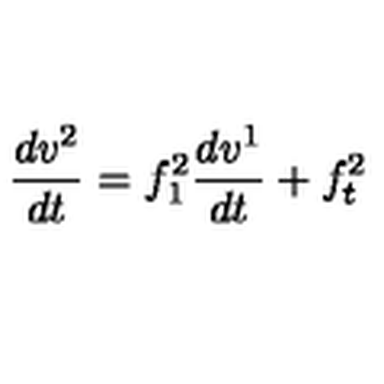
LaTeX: \frac { d v ^ { 2 } } { d t } = f _ { 1 } ^ { 2 } \frac { d v ^ { 1 } } { d t } + f _ { t } ^ { 2 }